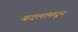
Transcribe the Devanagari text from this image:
बदलांमधून